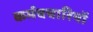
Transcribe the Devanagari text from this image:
कर्मचचारियों